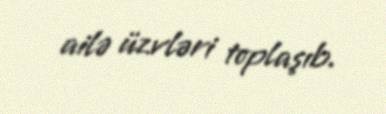
ailə üzvləri toplaşıb.